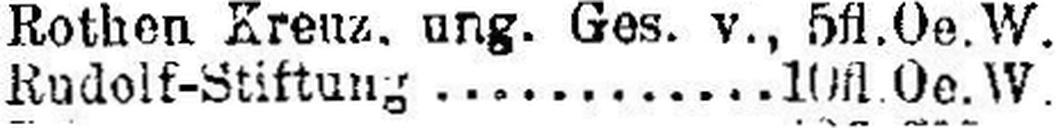
Rudolf-Stiftung 10 fl.Oe.W.